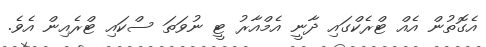
އެގޮތުން އެއް ޓްރެކްގައި ދާނީ އެމްއާރު ޓީ ނުވަތަ ސްކައި ޓްރެއިން އެވެ.